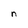
Character: n